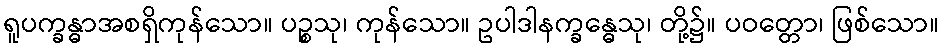
ရူပက္ခန္ဓာအစရှိကုန်သော။ ပဉ္စသု၊ ကုန်သော။ ဥပါဒါနက္ခန္ဓေသု၊ တို့၌။ ပဝတ္တော၊ ဖြစ်သော။